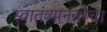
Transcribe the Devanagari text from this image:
स्वातंत्र्यानंतरचा